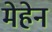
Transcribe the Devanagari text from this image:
मेहेन